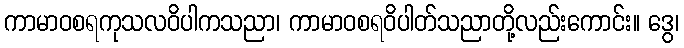
ကာမာဝစရကုသလဝိပါကသညာ၊ ကာမာဝစရဝိပါတ်သညာတို့လည်းကောင်း။ ဒွေ၊